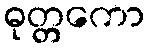
ဓုတ္တကော